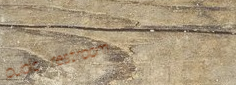
public restroom